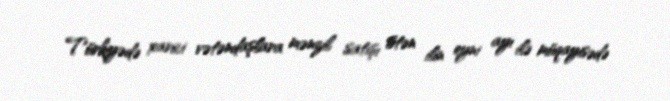
Türkiyədə xarici vətəndaşlara mənzil satışı ötən ilin eyni ayı ilə müqayisədə